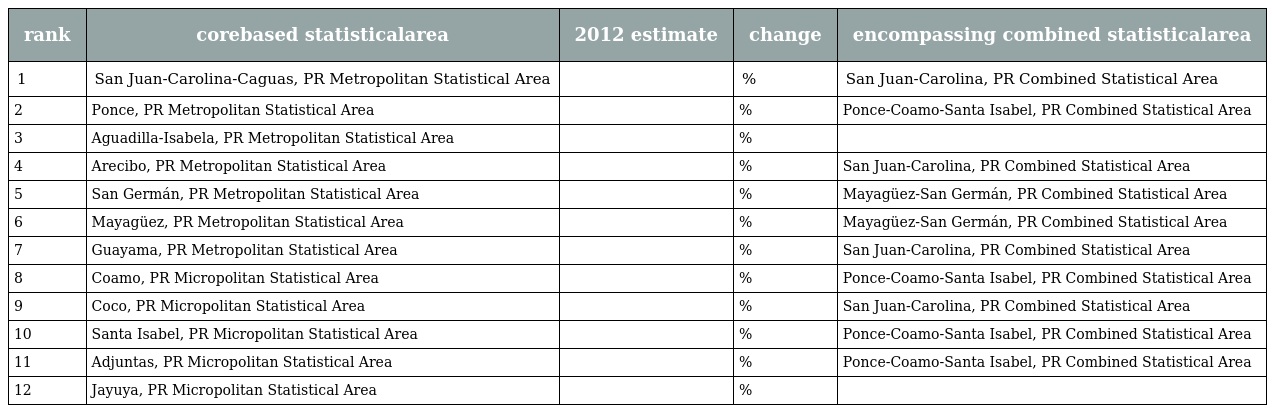
| rank | corebased statisticalarea | 2012 estimate | change | encompassing combined statisticalarea |
 | --- | --- | --- | --- | --- |
 | 1 | San Juan-Carolina-Caguas, PR Metropolitan Statistical Area |  | % | San Juan-Carolina, PR Combined Statistical Area |
 | 2 | Ponce, PR Metropolitan Statistical Area |  | % | Ponce-Coamo-Santa Isabel, PR Combined Statistical Area |
 | 3 | Aguadilla-Isabela, PR Metropolitan Statistical Area |  | % |  |
 | 4 | Arecibo, PR Metropolitan Statistical Area |  | % | San Juan-Carolina, PR Combined Statistical Area |
 | 5 | San Germán, PR Metropolitan Statistical Area |  | % | Mayagüez-San Germán, PR Combined Statistical Area |
 | 6 | Mayagüez, PR Metropolitan Statistical Area |  | % | Mayagüez-San Germán, PR Combined Statistical Area |
 | 7 | Guayama, PR Metropolitan Statistical Area |  | % | San Juan-Carolina, PR Combined Statistical Area |
 | 8 | Coamo, PR Micropolitan Statistical Area |  | % | Ponce-Coamo-Santa Isabel, PR Combined Statistical Area |
 | 9 | Coco, PR Micropolitan Statistical Area |  | % | San Juan-Carolina, PR Combined Statistical Area |
 | 10 | Santa Isabel, PR Micropolitan Statistical Area |  | % | Ponce-Coamo-Santa Isabel, PR Combined Statistical Area |
 | 11 | Adjuntas, PR Micropolitan Statistical Area |  | % | Ponce-Coamo-Santa Isabel, PR Combined Statistical Area |
 | 12 | Jayuya, PR Micropolitan Statistical Area |  | % |  |